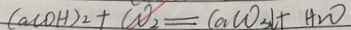
C a ( O H ) _ { 2 } + C O _ { 2 } = C a C O _ { 3 } \downarrow + H _ { 2 } O